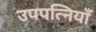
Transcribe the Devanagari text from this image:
उपपत्नियाँ